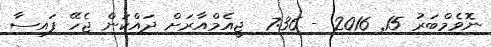
ނޮވެމްބަރު 15